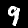
Digit: 9